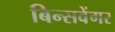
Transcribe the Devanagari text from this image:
बिन्सवेंगर